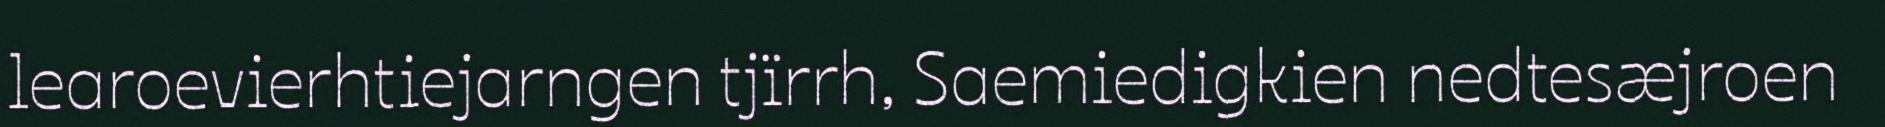
learoevierhtiejarngen tjïrrh, Saemiedigkien nedtesæjroen